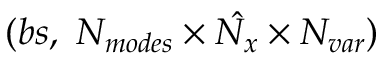
( b s , \ N _ { m o d e s } \times \hat { N _ { x } } \times N _ { v a r } )